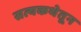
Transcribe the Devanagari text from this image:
सत्यकथेतून